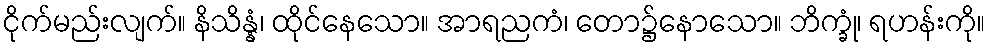
ငိုက်မည်းလျက်။ နိသိန္နံ၊ ထိုင်နေသော။ အာရညကံ၊ တော၌နောသော။ ဘိက္ခုံ၊ ရဟန်းကို။